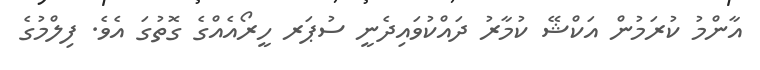
އާންމު ކުރަމުން އަކްޝޭ ކުމާރު ދައްކުވައިދެނީ ސުޕަރ ހީރޯއެއްގެ ގޮތުގަ އެވެ. ފިލްމުގެ